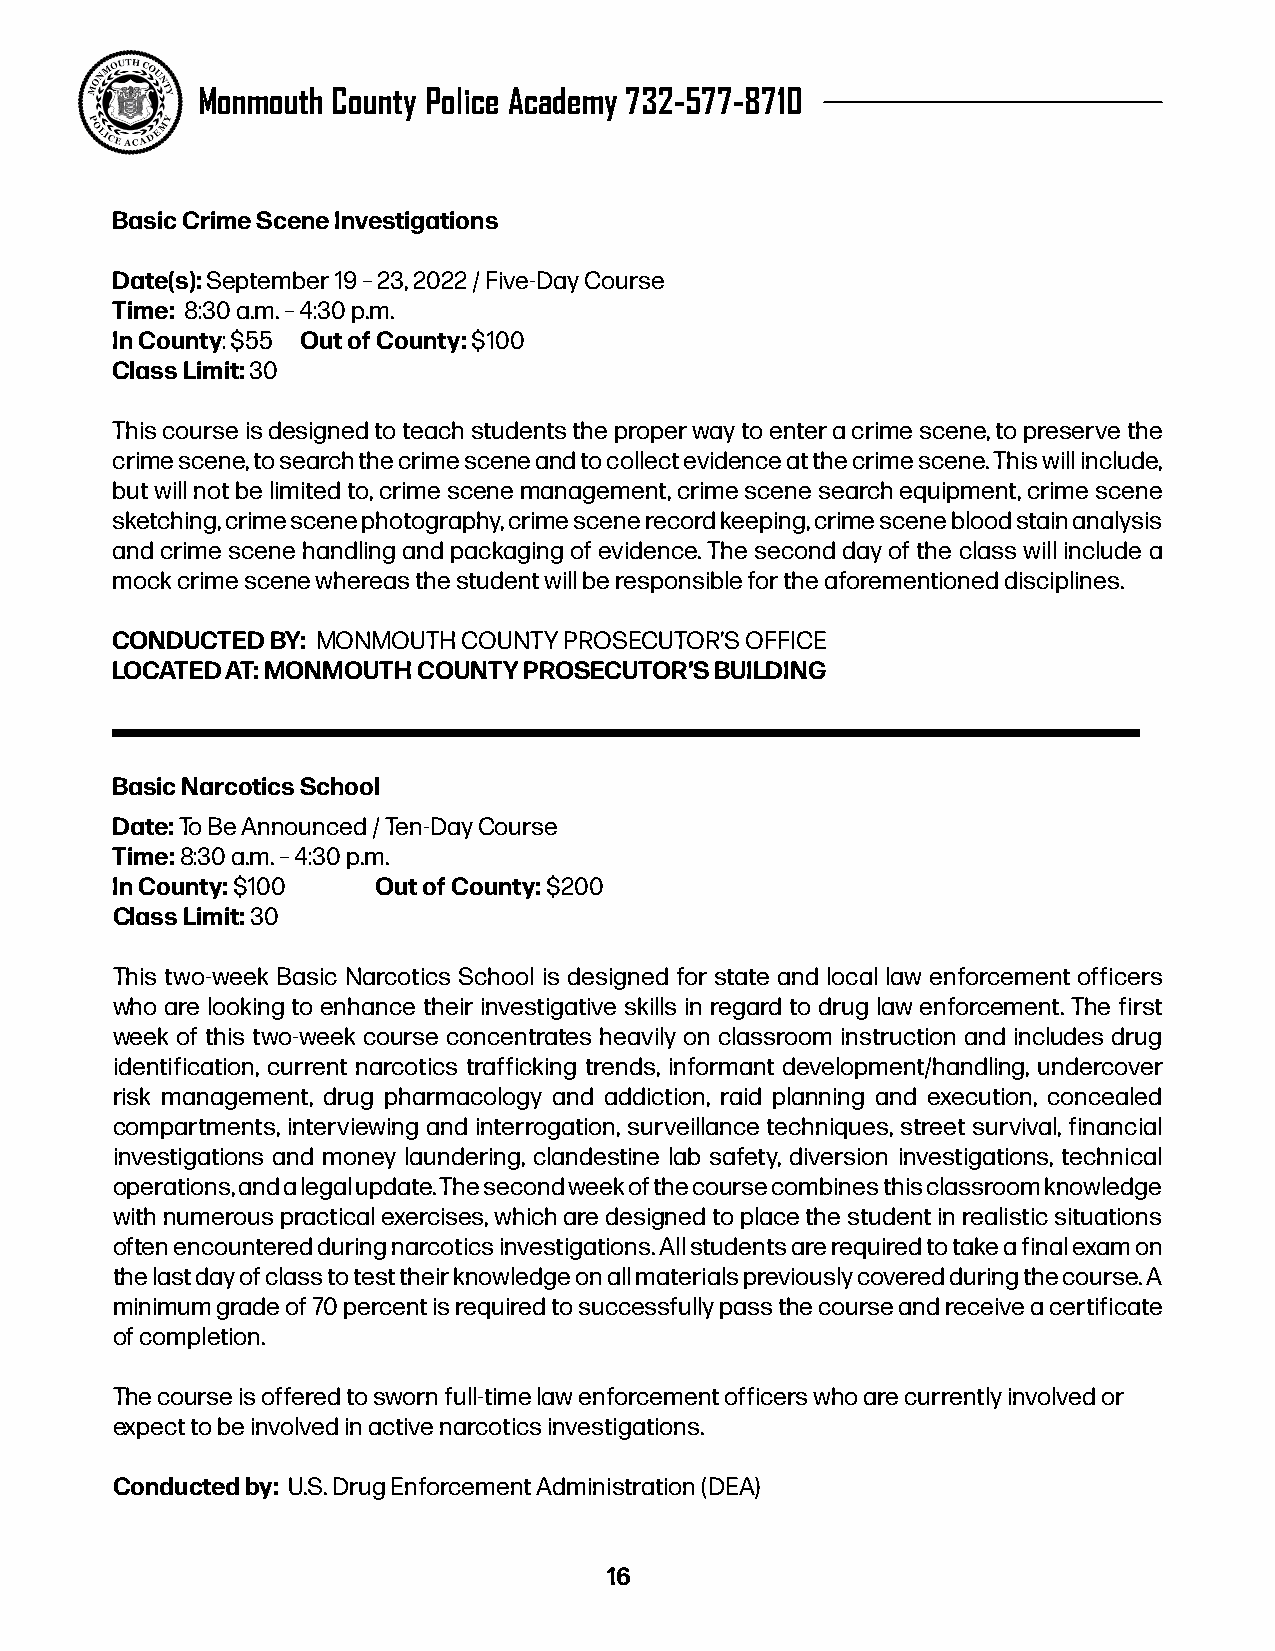
Monmouth County Police Academy 732-577-8710
 Basic Crime Scene Investigations
 Date(s): September 19 – 23, 2022 / Five-Day Course
 Time: 8:30 a.m. – 4:30 p.m.
 In County: $55 Out of County: $100
 Class Limit: 30
 This course is designed to teach students the proper way to enter a crime scene, to preserve the
 crime scene, to search the crime scene and to collect evidence at the crime scene. This will include,
 but will not be limited to, crime scene management, crime scene search equipment, crime scene
 sketching, crime scene photography, crime scene record keeping, crime scene blood stain analysis
 and crime scene handling and packaging of evidence. The second day of the class will include a
 mock crime scene whereas the student will be responsible for the aforementioned disciplines.
 CONDUCTED  BY: MONMOUTH COUNTY PROSECUTOR’S OFFICE
 LOCATED AT: MONMOUTH COUNTY PROSECUTOR’S BUILDING
 Basic Narcotics School
 Date: To Be Announced / Ten-Day Course
 Time: 8:30 a.m. – 4:30 p.m.
 In County: $100   Out of County: $200
 Class Limit: 30
 This two-week Basic Narcotics School is designed for state and local law enforcement officers
 who are looking to enhance their investigative skills in regard to drug law enforcement. The first
 week of this two-week course concentrates heavily on classroom instruction and includes drug
 identification, current narcotics trafficking trends, informant development/handling, undercover
 risk management, drug pharmacology and addiction, raid planning and execution, concealed
 compartments, interviewing and interrogation, surveillance techniques, street survival, financial
 investigations and money laundering, clandestine lab safety, diversion investigations, technical
 operations, and a legal update. The second week of the course combines this classroom knowledge
 with numerous practical exercises, which are designed to place the student in realistic situations
 often encountered during narcotics investigations. All students are required to take a final exam on
 the last day of class to test their knowledge on all materials previously covered during the course. A
 minimum grade of 70 percent is required to successfully pass the course and receive a certificate
 of completion.
 The course is offered to sworn full-time law enforcement officers who are currently involved or
 expect to be involved in active narcotics investigations.
 Conducted by: U.S. Drug Enforcement Administration (DEA)
 16